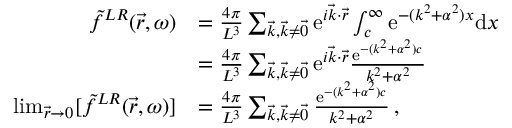
\begin{array} { r l } { \Tilde { f } ^ { L R } ( \vec { r } , \omega ) } & { = \frac { 4 \pi } { L ^ { 3 } } \sum _ { \vec { k } , \vec { k } \neq \vec { 0 } } \mathrm { e } ^ { i \vec { k } \cdot \vec { r } } \int _ { c } ^ { \infty } \mathrm { e } ^ { - ( k ^ { 2 } + \alpha ^ { 2 } ) x } \mathrm { d } x } \\ & { = \frac { 4 \pi } { L ^ { 3 } } \sum _ { \vec { k } , \vec { k } \neq \vec { 0 } } \mathrm { e } ^ { i \vec { k } \cdot \vec { r } } \frac { \mathrm { e } ^ { - ( k ^ { 2 } + \alpha ^ { 2 } ) c } } { k ^ { 2 } + \alpha ^ { 2 } } } \\ { \operatorname* { l i m } _ { \vec { r } \to 0 } [ \Tilde { f } ^ { L R } ( \vec { r } , \omega ) ] } & { = \frac { 4 \pi } { L ^ { 3 } } \sum _ { \vec { k } , \vec { k } \neq \vec { 0 } } \frac { \mathrm { e } ^ { - ( k ^ { 2 } + \alpha ^ { 2 } ) c } } { k ^ { 2 } + \alpha ^ { 2 } } \, , } \end{array}